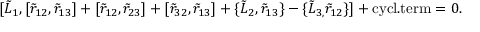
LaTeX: \lbrack \tilde { L } _ { 1 } , [ \tilde { r } _ { 1 2 } , \tilde { r } _ { 1 3 } ] + [ \tilde { r } _ { 1 2 } , \tilde { r } _ { 2 3 } ] + [ \tilde { r } _ { 3 2 } , \tilde { r } _ { 1 3 } ] + \{ \tilde { L } _ { 2 } , \tilde { r } _ { 1 3 } \} - \{ \tilde { L } _ { 3 , } \tilde { r } _ { 1 2 } \} ] + \mathrm { c y c l . t e r m } = 0 .